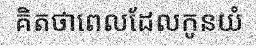
គិតថាពេលដែលកូនយំ